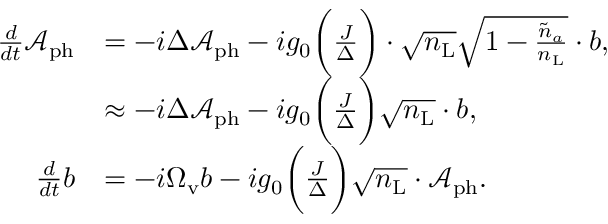
\begin{array} { r l r } { \frac { d } { d t } \mathcal { A } _ { \mathrm { p h } } } & { = - i \Delta \mathcal { A } _ { \mathrm { p h } } - i g _ { 0 } \bigg ( \frac { J } { \Delta } \bigg ) \cdot \sqrt { n _ { \mathrm { L } } } \sqrt { 1 - \frac { \tilde { n } _ { a } } { n _ { \mathrm { L } } } } \cdot b , } & \\ & { \approx - i \Delta \mathcal { A } _ { \mathrm { p h } } - i g _ { 0 } \bigg ( \frac { J } { \Delta } \bigg ) \sqrt { n _ { \mathrm { L } } } \cdot b , } & \\ { \frac { d } { d t } b } & { = - i \Omega _ { \mathrm { v } } b - i g _ { 0 } \bigg ( \frac { J } { \Delta } \bigg ) \sqrt { { n } _ { \mathrm { L } } } \cdot \mathcal { A } _ { \mathrm { p h } } . } \end{array}